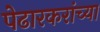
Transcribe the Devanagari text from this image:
पेढारकरांच्या